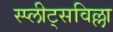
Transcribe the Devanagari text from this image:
स्प्लीट्सविल्ला